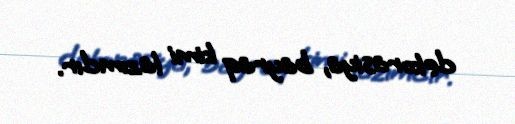
dekorasiya, bayraq kimi lazımdır.